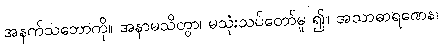
အနက်သဘောကို။ အနာမသိတွာ၊ မသုံးသပ်တော်မူ ၍။ အသာဓာရဏေန၊